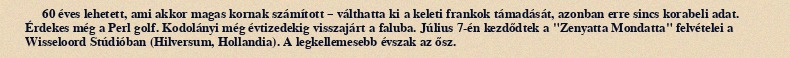
60 éves lehetett, ami akkor magas kornak számított – válthatta ki a keleti frankok támadását, azonban erre sincs korabeli adat. Érdekes még a Perl golf. Kodolányi még évtizedekig visszajárt a faluba. Július 7-én kezdődtek a "Zenyatta Mondatta" felvételei a Wisseloord Stúdióban (Hilversum, Hollandia). A legkellemesebb évszak az ősz.